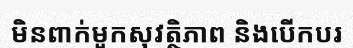
មិនពាក់មួកសុវត្ថិភាព និងបើកបរ